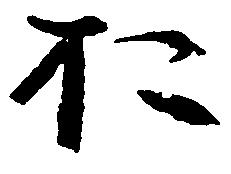
於